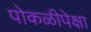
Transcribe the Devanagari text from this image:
पोकळीपेक्षा